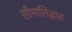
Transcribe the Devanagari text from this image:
सीमासिद्धांत